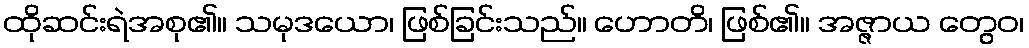
ထိုဆင်းရဲအစု၏။ သမုဒယော၊ ဖြစ်ခြင်းသည်။ ဟောတိ၊ ဖြစ်၏။ အဇ္ဇာယ တွေဝ၊